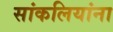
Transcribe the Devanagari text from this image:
सांकलियांना